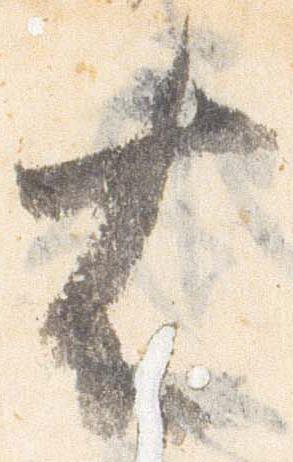
右